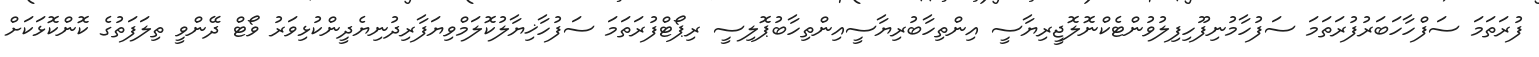
ފުރަތަމަ ސަފްހާހަބަރުފުރަތަމަ ސަފުހާމުނިފޫހިފިލުވުންޓެކްނޮލޮޖީރިޔާސީ އިންތިހާބުރިޔާސީއިންތިހާބުޕޮލިސީ ރިޕޯޓްފުރަތަމަ ސަފުހާޚިޔާލުކޮލަމްވިޔަފާރިދުނިޔެދީންކުޅިވަރު ވޯޓް ދޭންވީ ތިލަފަތުގެ ކޮންކޮޅަކަށް